Indian journal of veterinary science and animal husbandry - Volume 4,
Year: 1934
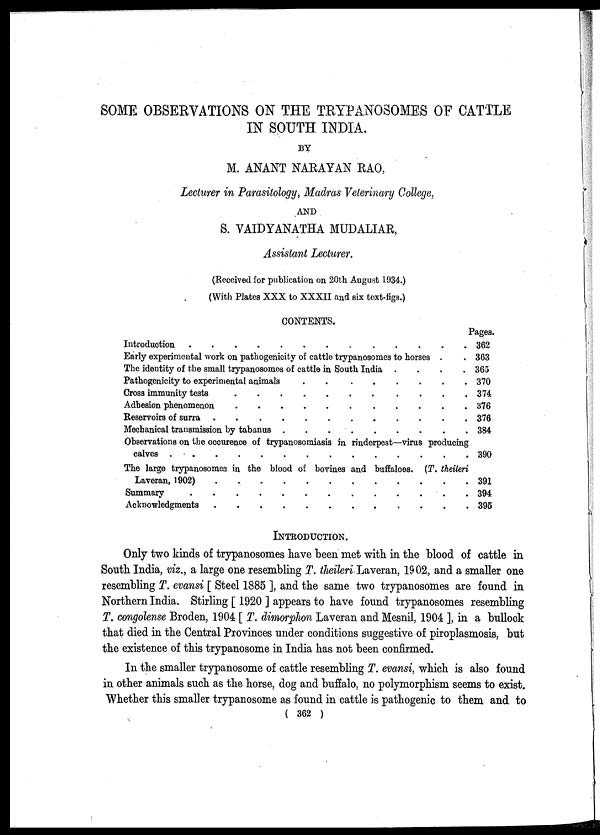
SOME OBSERVATIONS ON THE TRYPANOSOMES OF CATTLE
IN SOUTH INDIA.
BY
M. ANANT NARAYAN RAO,
Lecturer in Parasitology, Madras Veterinary College,
AND
S. VAIDYANATHA MUDALIAR,
Assistant Lecturer.
(Received for publication on 20th. August 1934.)
(With Plates XXX to XXXII and six text-figs.)
CONTENTS.
Introduction . . . . . . . . . . . . . .
Early experimental work on pathogenicity of cattle trypanosonies to horses . .
The identity of the small trypanosomes of cattle in South India . . . . . . . . . . . . . .
Pathogenicity to experimental animals . . . . . . . . . . . . . .
Cross immunity teasts . . . . . . . . . . . . . .
Adhesion phenomenon . . . . . . . . . . . . . .
Reserviours of surra . . . . . . . . . . . . . .
Mechanical transmission by tabanus . . . . . . . . . . . . . .
Observations on the occurence of trypanosomiasis in rinderpest—virus producing
calveas . . . . . . . . . . . . . .
The large trypanosomes in the blood of bovines and buffaloes. (T. theileri
Laveran, 1902) . . . . . . . . . . . . . .
Summary . . . . . . . . . . . . . .
Acknowledgments . . . . . . . . . . . . . .
Pages.
362
363
365
370
374
376
376
384
390
391
394
395
INTRODUCTION.
Only two kinds of trypanosomes have been met with in the blood of cattle in
South India, viz., a large one resembling T. theileri Laveran, 1902, and a smaller one
resembling T. evansi [ Steel 1885 ], and the same two trypanosomes are found in
Northern India. Stirling [ 1920 ] appears to have found trypanosomes resembling
T. congolense Broden, 1904 [ T. dimorphon Laveran and Mesnil, 1904 ], in a bullock
that died in the Central Provinces under conditions suggestive of piroplasmosis, but
the existence of this trypanosome in India has not been confirmed.
In the smaller trypanosome of cattle resembling T. evansi, which is also found
in other animals such as the horse, dog and buffalo, no polymorphism seems to exist.
Whether this smaller trypanosome as found in cattle is pathogenic to them and to
( 362 )